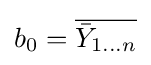
b_{0}={\overline {{\bar {Y}}_{1\dots n}}}